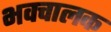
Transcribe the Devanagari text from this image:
भवचालक